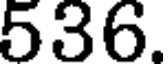
536.